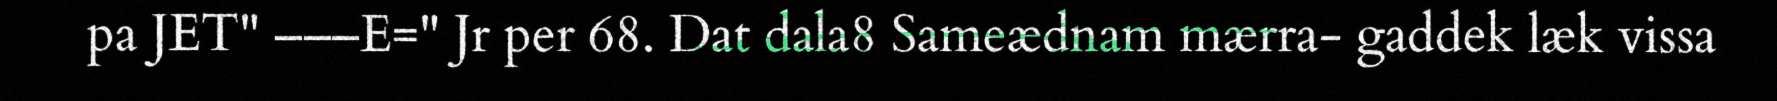
pa JET" –––E=" Jr per 68. Dat dala8 Sameædnam mærra- gaddek læk vissa